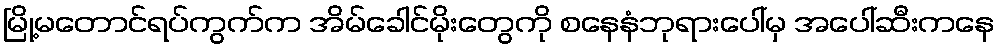
မြို့မတောင်ရပ်ကွက်က အိမ်ခေါင်မိုးတွေကို စနေနံဘုရားပေါ်မှ အပေါ်ဆီးကနေ